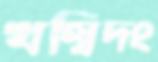
খল্বিদং